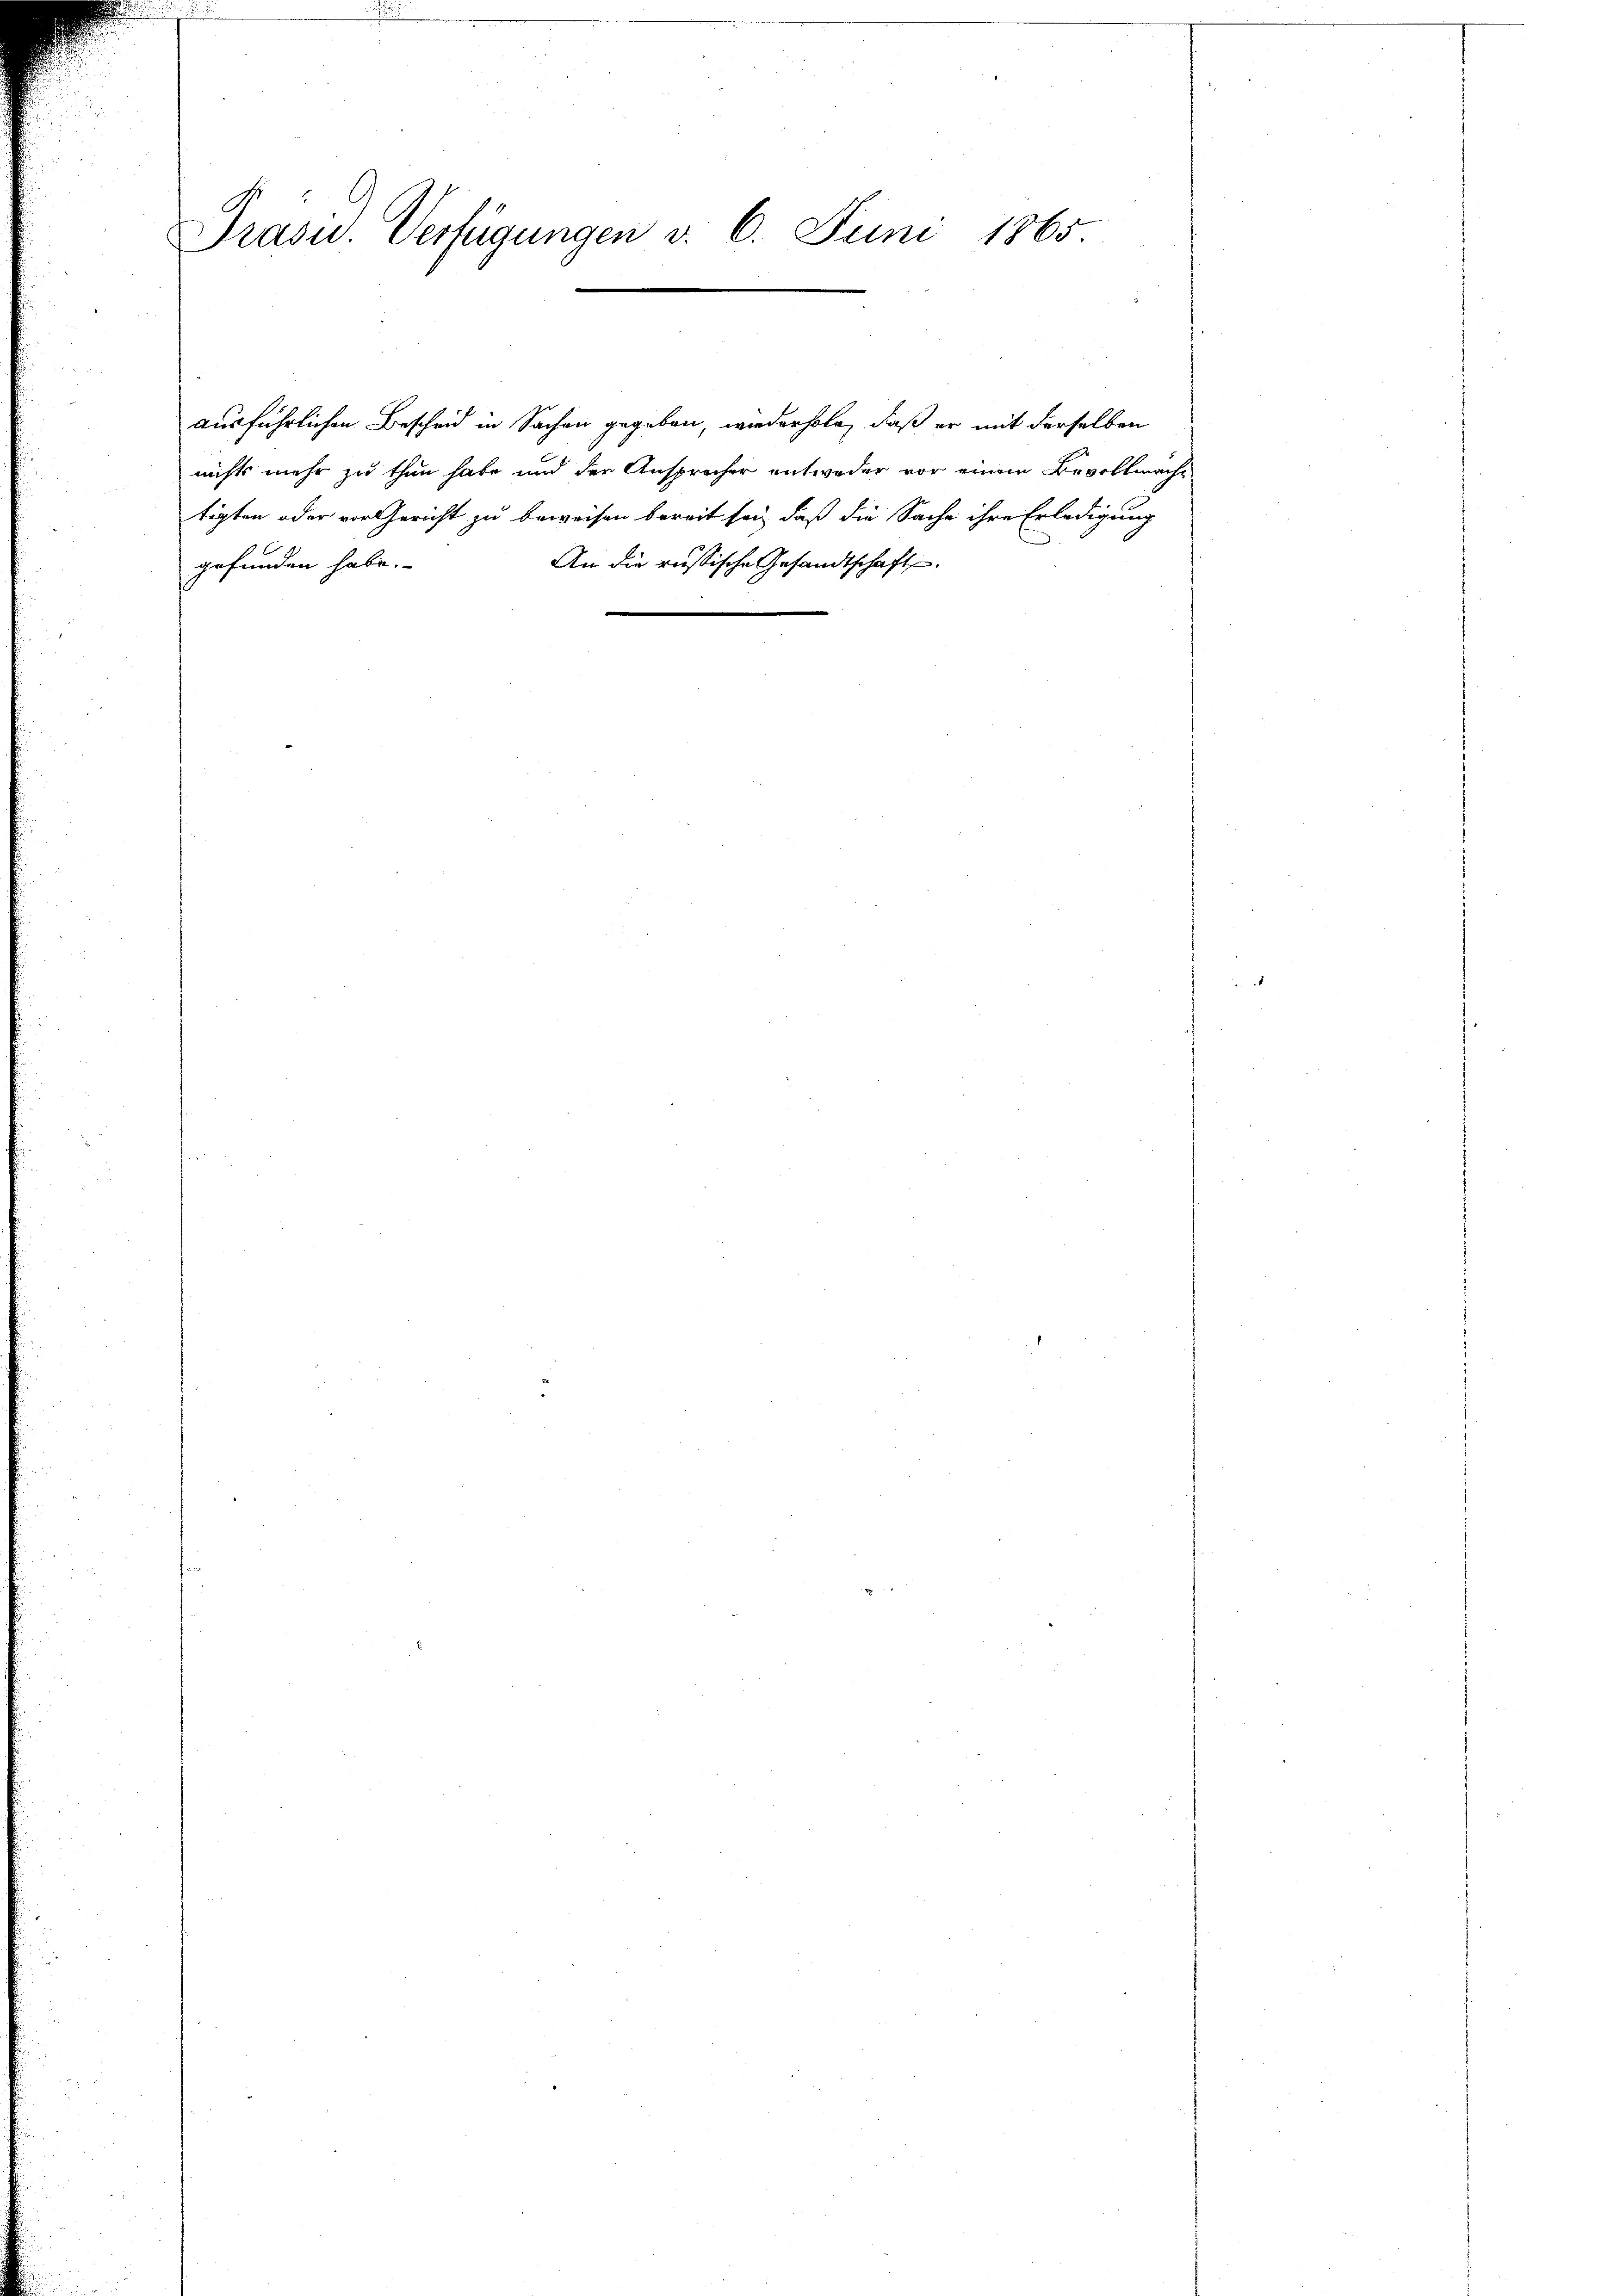
Präsid.. Verfügungen v. 6. Juni 1865

nichts mehr zu thun habe und der Ansprücher entweder vor einem Bevollmacht
tigten oder vor Gericht zu beweisen bereit sei, daß die Sache ihre Erledigung
An die russische Gesandtschaft.
gefunden habe.

ausführlichen Bescheid in Sachen gegeben, wiederhole, daß er mit derselben